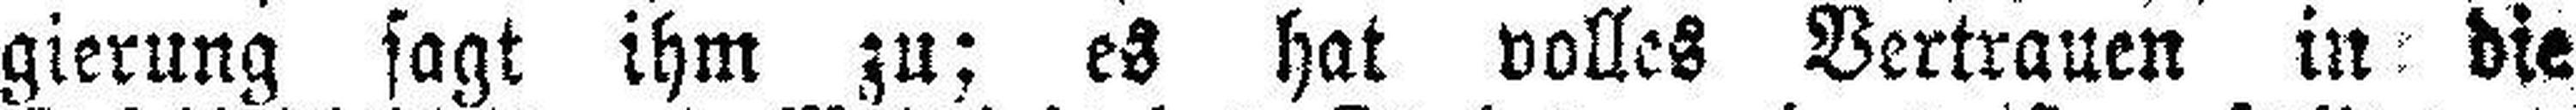
gierung sagt ihm zu; es hat volles Vertrauen in die